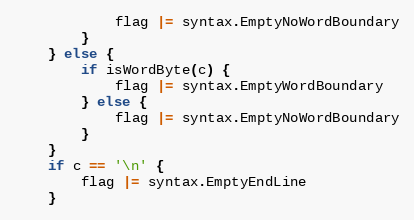
Language: Go
			flag |= syntax.EmptyNoWordBoundary
		}
	} else {
		if isWordByte(c) {
			flag |= syntax.EmptyWordBoundary
		} else {
			flag |= syntax.EmptyNoWordBoundary
		}
	}
	if c == '\n' {
		flag |= syntax.EmptyEndLine
	}